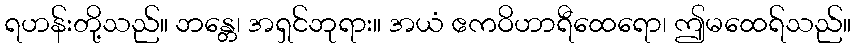
ရဟန်းတို့သည်။ ဘန္တေ၊ အရှင်ဘုရား။ အယံ ဧကဝိဟာရီထေရော၊ ဤမထေရ်သည်။